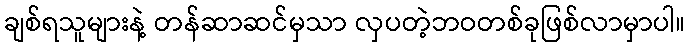
ချစ်ရသူများနဲ့ တန်ဆာဆင်မှသာ လှပတဲ့ဘဝတစ်ခုဖြစ်လာမှာပါ။